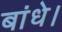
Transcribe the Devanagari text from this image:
बांधे।